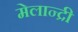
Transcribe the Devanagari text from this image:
मेलान्द्री